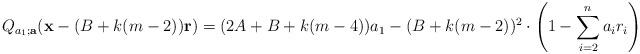
LaTeX: \begin{align*} Q_{a_1 ; \mathbf a}(\mathbf x-(B+k(m-2))\mathbf r)=(2A+B+k(m-4))a_1-(B+k(m-2))^2 \cdot \left(1-\sum \limits _{i=2}^na_ir_i\right) \end{align*}